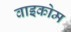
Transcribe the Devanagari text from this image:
वाइकोम